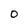
Character: 0